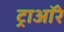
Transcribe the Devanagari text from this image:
ट्राऑरे